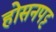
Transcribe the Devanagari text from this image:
होसनपट्ट